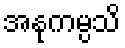
အနုကမ္ပသိ